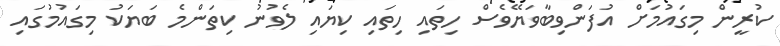
ކުރީން މިގައުމަށް އުފަންވިބާވަޔޭވެސް ހިތައި ހިތައި ކިޔައި ލެވުނު ކިތަންމެ ބަޔަކު މިގައުމުގައި